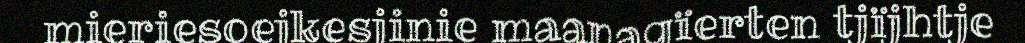
mieriesoejkesjinie maanagïerten tjïjhtje